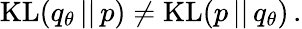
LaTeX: \begin{array}{r}{\textrm{KL}(q_{\theta}\, ||\, p)\neq\textrm{KL}(p\, ||\, q_{\theta})\, .}\end{array}